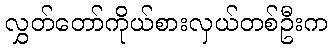
လွှတ်တော်ကိုယ်စားလှယ်တစ်ဦးက